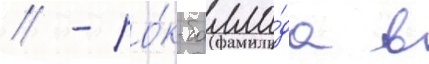
// - ро́к-балла́да в